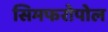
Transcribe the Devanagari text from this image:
सिमफरोपोल